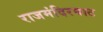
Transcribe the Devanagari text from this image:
राजमंदिरघाट